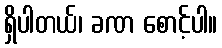
ရှိပါတယ်၊ ခဏ စောင့်ပါ။